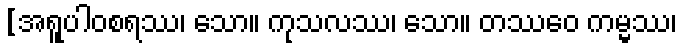
[အရူပါဝစရဿ၊ သော။ ကုသလဿ၊ သော။ တဿေဝ ကမ္မ္မဿ၊